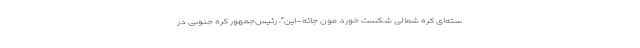
سته‌ای کره شمالی شکست خورد مون جائه-این"، رئیس‌جمهور کره جنوبی در